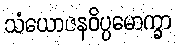
သံယောဇနဝိပ္ပမောက္ခာ